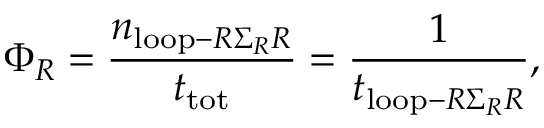
\Phi _ { R } = \frac { n _ { \mathrm { l o o p } - R \Sigma _ { R } R } } { t _ { \mathrm { t o t } } } = \frac { 1 } { t _ { \mathrm { l o o p } - R \Sigma _ { R } R } } ,